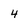
Character: 4